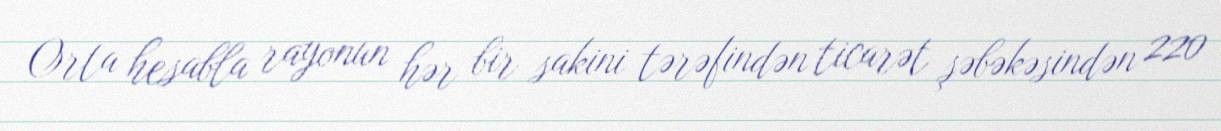
Orta hesabla rayonun hər bir sakini tərəfindən ticarət şəbəkəsindən 220